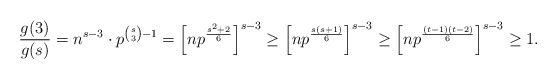
\begin{align*}\frac{g(3)}{g(s)} & = n^{s-3}\cdot p^{\binom{s}{3}-1} = \Big[np^{\frac{s^2+2}{6}}\Big]^{s-3} \geq \Big[np^{\frac{s(s+1)}{6}}\Big]^{s-3} \geq \Big[np^{\frac{(t-1)(t-2)}{6}}\Big]^{s-3} \geq 1.\end{align*}